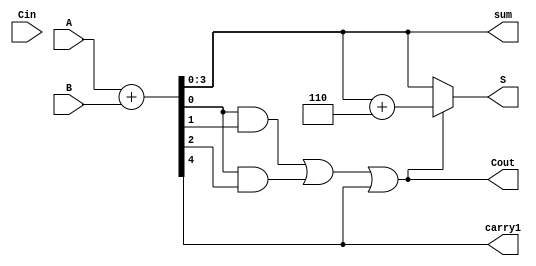
// BCD Adder module
//Anas Talib - 1203051
module BCD_Adder(A,B,Cin,S,Cout,sum,carry1);
input [3:0]A; // 4 - bit 
input [3:0]B; // 4 - bit 
input Cin; // zero or one 
output [3:0]S; // 4 - bit 
output [3:0]sum; // to the next 4 bit binary adder
output carry1; // carry from first 4 bit binary adder
output Cout; // carry out 

assign {carry1,sum}=A+B; // sum = A+B and the carry = carty1 
assign Cout=(sum[0]&sum[1])|(sum[0]&sum[2])|carry1;  
assign S=(Cout)?(sum+4'b 0110):sum;

endmodule